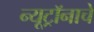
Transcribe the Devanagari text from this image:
न्यूट्रॉनाचे